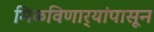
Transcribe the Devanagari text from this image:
मिळविणार्‍यांपासून